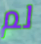
لم